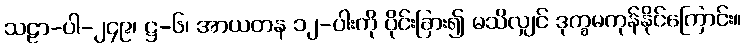
သဠာ-ပါ-၂၄၉၊ ဋ္ဌ-၆၊ အာယတန ၁၂-ပါးကို ပိုင်းခြား၍ မသိလျှင် ဒုက္ခမကုန်နိုင်ကြောင်း။